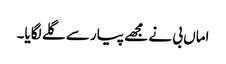
اماں بی نے مجھے پیار سے گلے لگایا۔